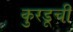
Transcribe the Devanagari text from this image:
कुरडूची